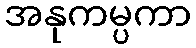
အနုကမ္ပကာ